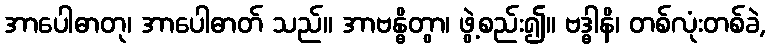
အာပေါဓာတု၊ အာပေါဓာတ် သည်။ အာဗန္ဓိတွာ၊ ဖွဲ့စည်း၍။ ဗဒ္ဓါနိ၊ တစ်လုံးတစ်ခဲ,